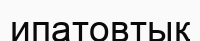
ипатовтық